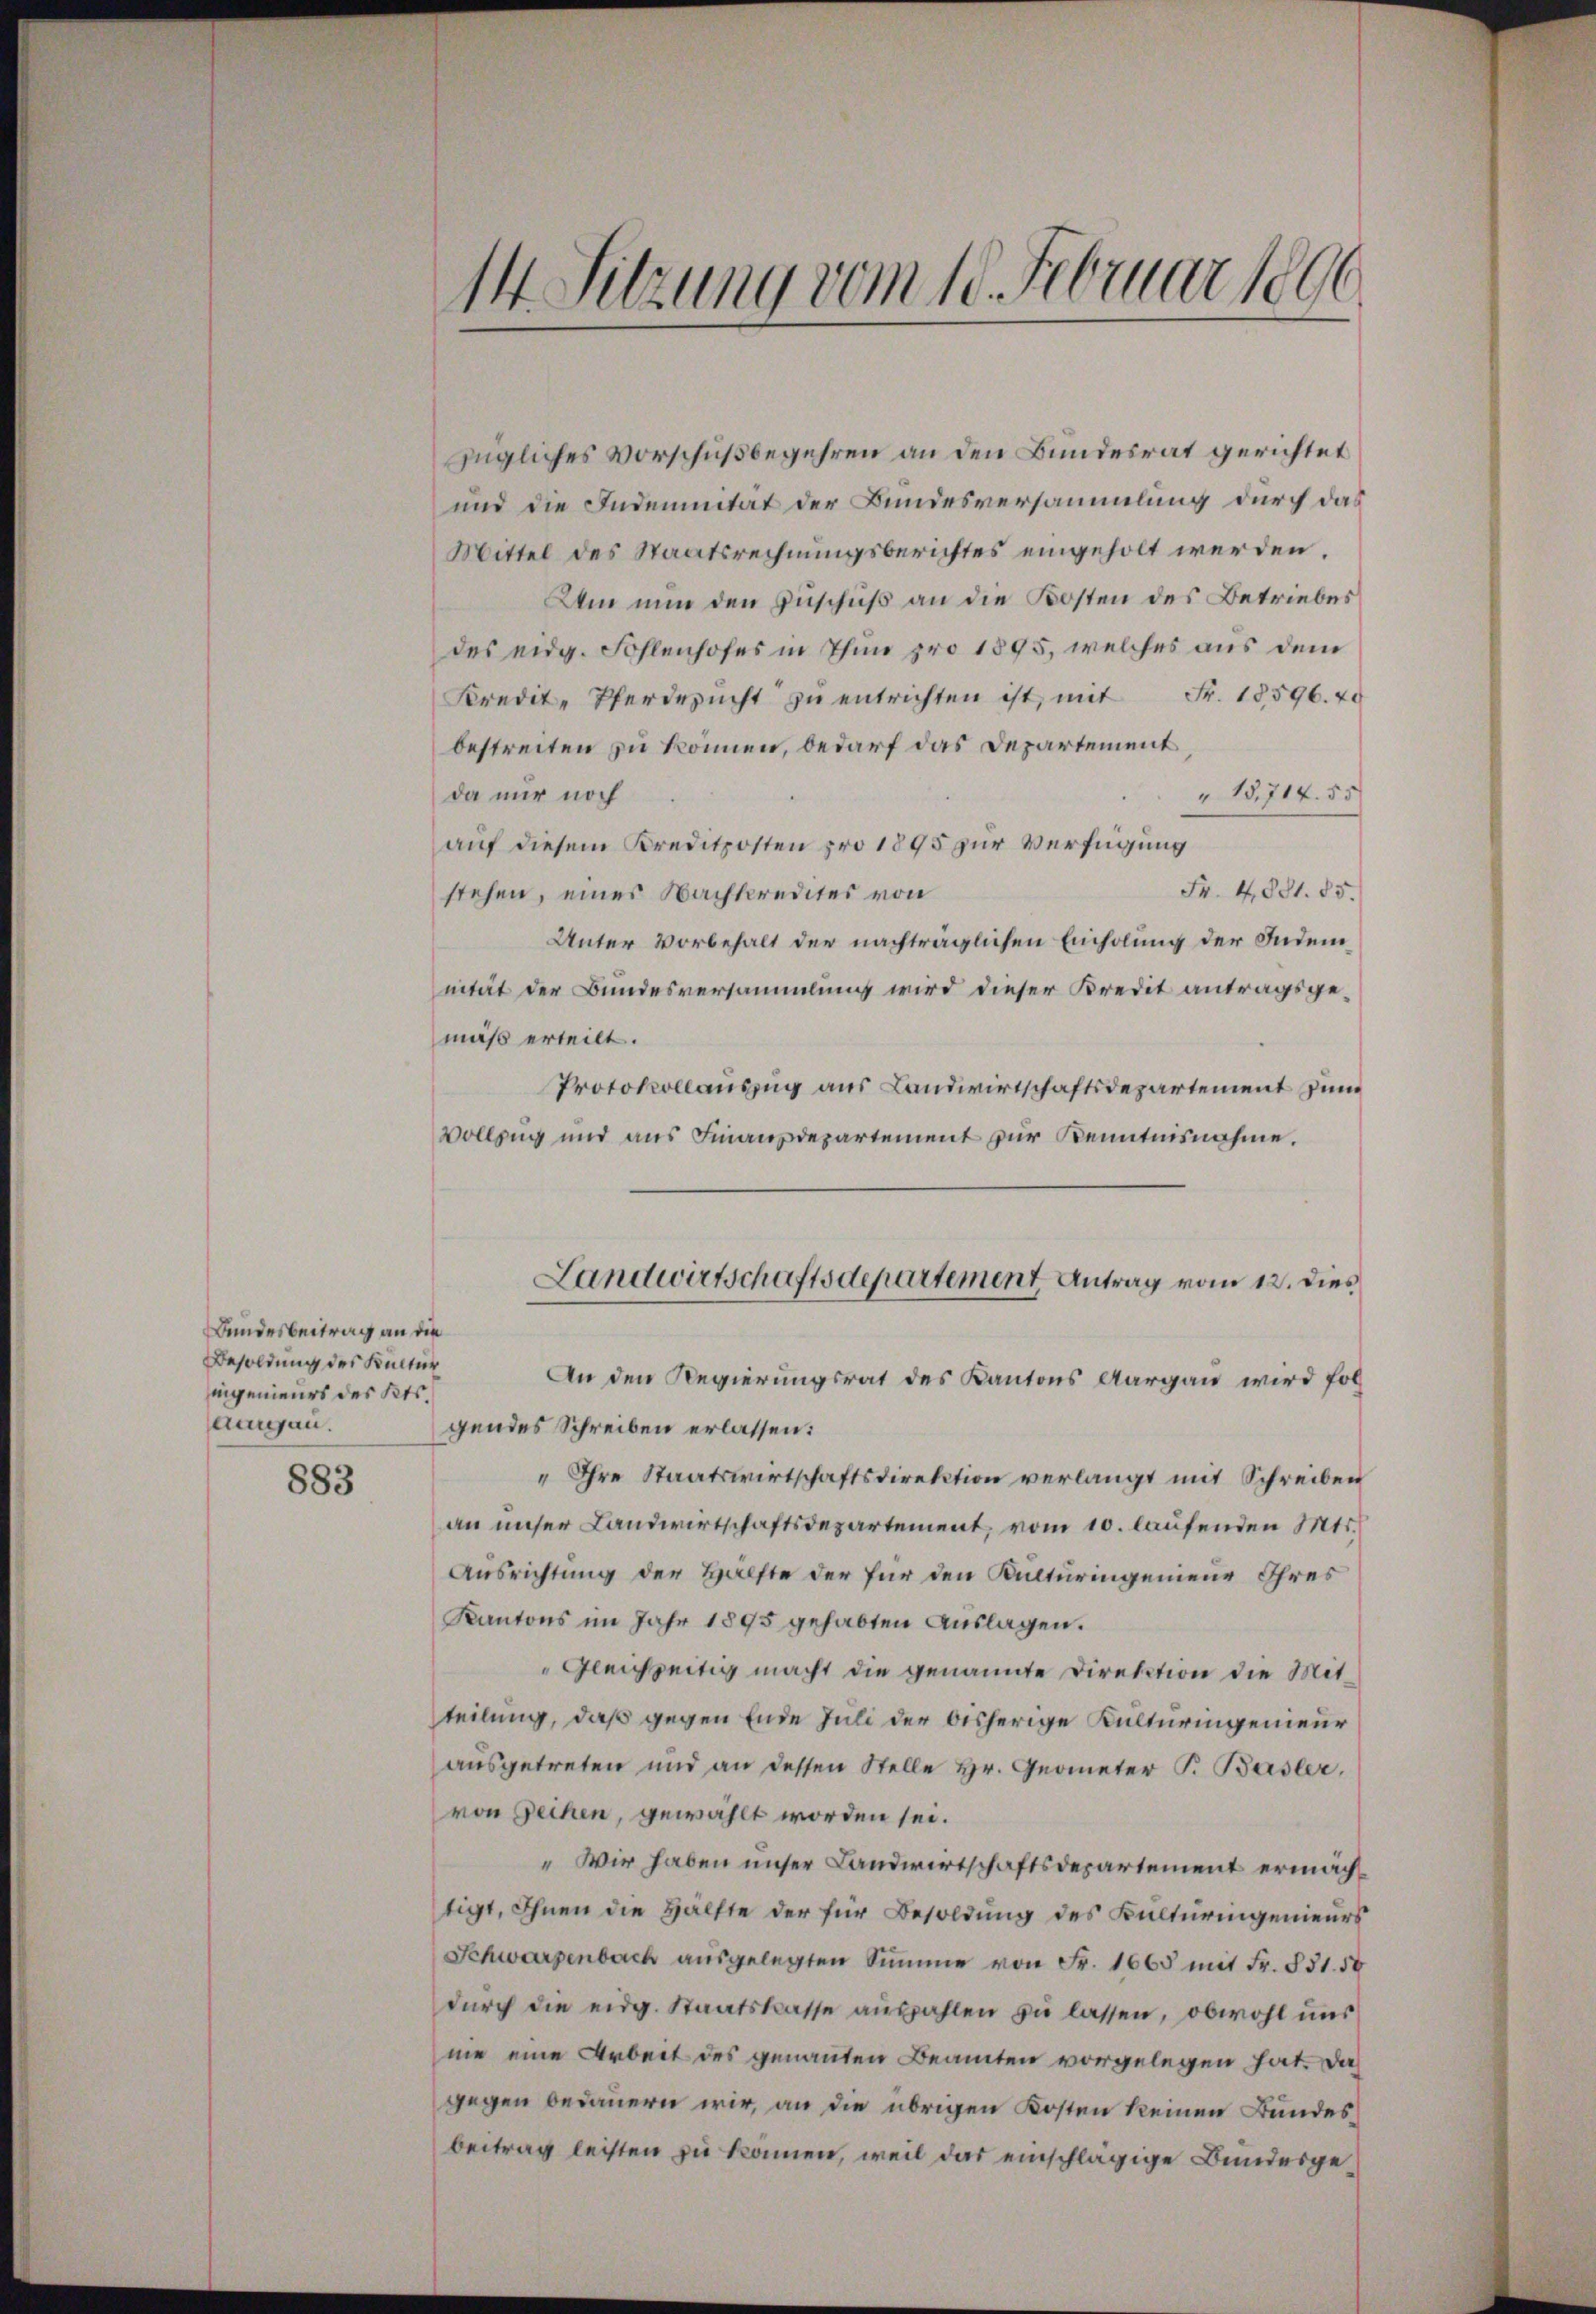
Bundesbeitrag an die
Besoldung des Kultur
iningenieurs des Kts.
aurgau.

883

14. Sitzung vom 18. Februar 1896.

zügliches Vorschußbegehren an den Bundesrat gerichtet
und die Indemnität der Bundesversammlung durch das
Mittel des Staatsrechnungsberichtes eingeholt werden.
Um nun den Zuschuß an die Kosten des Betriebes
des eidg. Sohlenhofes in Thun pro 1895, welches aus dem
Kredit-Pferdesŭcht zŭ entrichten ist, mit Fr. 18596. 20
bestreiten zu können, bedarf das Departement
"15,714. 55
da nur noch
auf diesem Kreditposten pro 1895 zur Verfügung
Fr. 4081. 85.
stehen, eines Nachkredites von
Unter Vorbehalt der nachträglichen Einholung der Indem
nität der Bundesversammlung wird dieser Kredit antragsgemäß erteilt.
Protokollauszug aus Landwirtschaftsdepartement zum
Vollzug und aus Finanzdepartement zur Kenntnisnahme.
An den Regierungsrat des Kantons Aargau wird fol
gendes Schreiben erlassen:
" Ihre Staatswirtschaftsdirektion verlangt mit Schreiben
an unser Landwirtschaftsdepartement, vom 10. laufenden Mts.
Ausrichtung der Hälfte der für den Kulturingenieur Ihres
Kantons im Jahr 1895 gehabten Auslagen.
Gleichzeitig macht die genannte Direktion die Mitteilung, daß gegen Ende Juli der bisherige Kulturingenieur
ausgetreten und an dessen Stelle Hr. Geometer P. Basler,
von Geihen, gewählt worden sei.
" Wir haben unser Landwirtschaftsdepartement ermächtigt, Ihnen die Hälfte der für Besoldung des Kulturingenieurs
Schwarzenbach ausgelegten Summe von Fr. 1665 mit Fr. 831. 50
durch die eidg. Staatskasse auszahlen zu lassen, obwohl uns
me eine Arbeit des genannten Beamten vorgelegen hat. Das
gegen bedauern wir, an die übrigen Kosten keinen Bundesbeitrag leisten zu können, weil das einschlägige Bundesge¬

Landwirtschaftsdepartement Antrag vom 12. dies